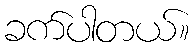
ခက်ပါတယ်။